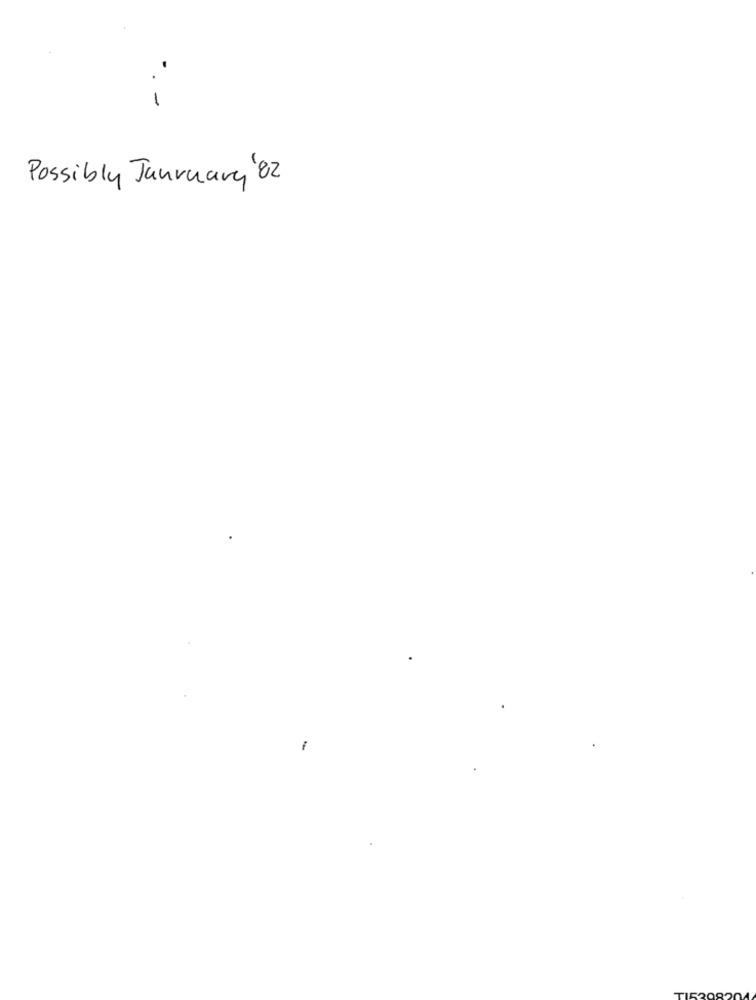
Possibly January'82
-